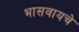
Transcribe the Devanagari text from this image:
भासवायचे